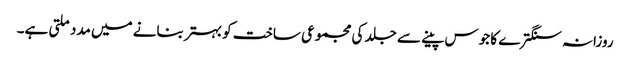
روزانہ سنگترے کا جوس پینے سے جلد کی مجموعی ساخت کو بہتر بنانے میں مدد ملتی ہے۔